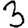
Digit: 3